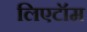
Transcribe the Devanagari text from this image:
लिएटॉम